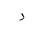
Letter: _ra